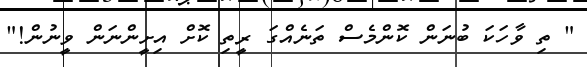
" ތި ވާހަކަ ބުނަން ކޮންމެސް ތަނެއްގަ ރީތި ކޮށް އިށީންނަން ވީނުން!"